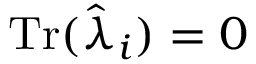
\mathrm { T r } ( \hat { \lambda } _ { i } ) = 0